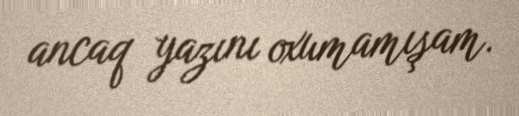
ancaq yazını oxumamışam.